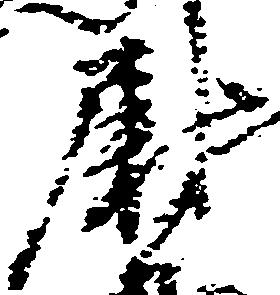
尉